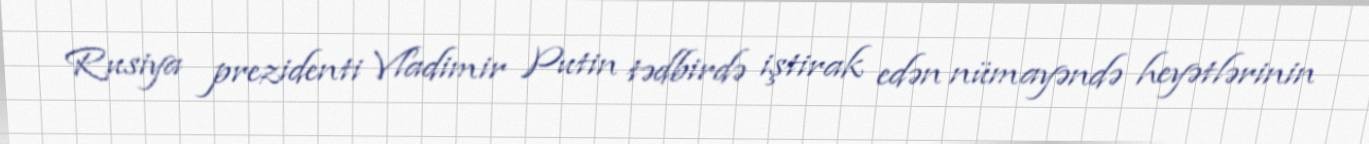
Rusiya prezidenti Vladimir Putin tədbirdə iştirak edən nümayəndə heyətlərinin